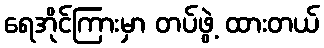
ရေအိုင်ကြားမှာ တပ်ဖွဲ့ ထားတယ်